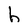
Character: h